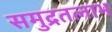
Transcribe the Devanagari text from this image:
समुद्रतलाभ